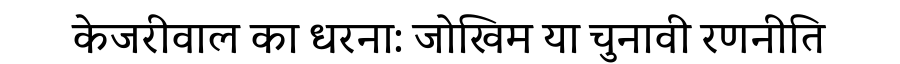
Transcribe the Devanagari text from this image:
केजरीवाल का धरना: जोखिम या चुनावी रणनीति